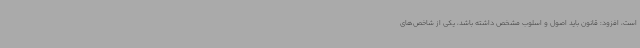
است، افزود: قانون باید اصول و اسلوب مشخص داشته باشد، یکی از شاخص‌های